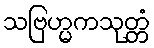
သဗြဟ္မကသုတ္တံ